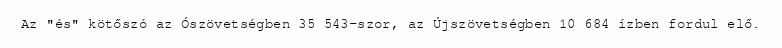
Az "és" kötőszó az Ószövetségben 35 543-szor, az Újszövetségben 10 684 ízben fordul elő.